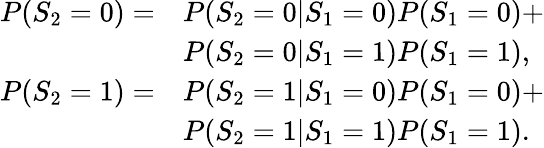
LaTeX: \begin{array}{rl}{P(S_{2}=0)=}&{P(S_{2}=0|S_{1}=0)P(S_{1}=0)+}\\ &{P(S_{2}=0|S_{1}=1)P(S_{1}=1),}\\ {P(S_{2}=1)=}&{P(S_{2}=1|S_{1}=0)P(S_{1}=0)+}\\ &{P(S_{2}=1|S_{1}=1)P(S_{1}=1).}\end{array}